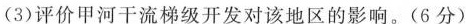
(3)评价甲河干流梯级开发对该地区的影响。(6分)